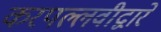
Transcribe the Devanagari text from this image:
करपल्लवीद्वारे